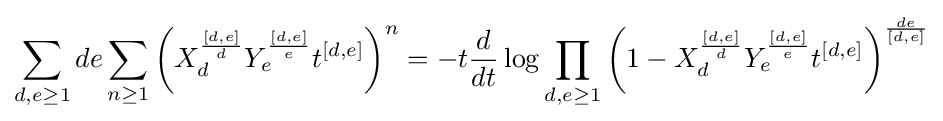
\sum _{d,e\geq 1}de\sum _{n\geq 1}\left(X_{d}^{\frac {[d,e]}{d}}Y_{e}^{\frac {[d,e]}{e}}t^{[d,e]}\right)^{n}=-t{\frac {d}{dt}}\log \prod _{d,e\geq 1}\left(1-X_{d}^{\frac {[d,e]}{d}}Y_{e}^{\frac {[d,e]}{e}}t^{[d,e]}\right)^{\frac {de}{[d,e]}}